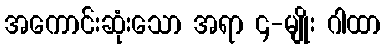
အကောင်းဆုံးသော အရာ ၄-မျိုး ဂါထာ